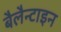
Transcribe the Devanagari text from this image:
बैलैन्टाइन